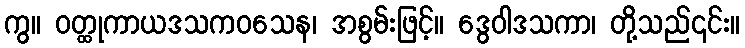
ကွ။ ဝတ္ထုကာယဒသကဝသေန၊ အစွမ်းဖြင့်။ ဒွေဝါဒသကာ၊ တို့သည်၎င်း။